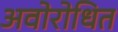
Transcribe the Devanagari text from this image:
अवोरोधित